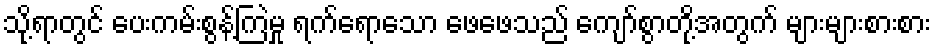
သို့ရာတွင် ပေးကမ်းစွန့်ကြဲမှု ရက်ရောသော ဖေဖေသည် ကျော်စွာတို့အတွက် များများစားစား